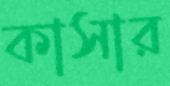
কাসার